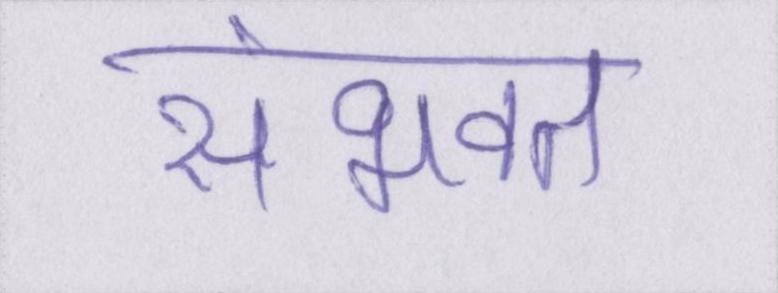
संभवत